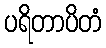
ပရိတာပိတံ